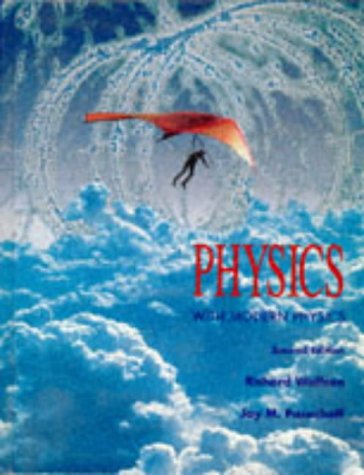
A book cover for Physics for Scientists and Engineers, with Modern Physics; Richard Wolfson; Science & Math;